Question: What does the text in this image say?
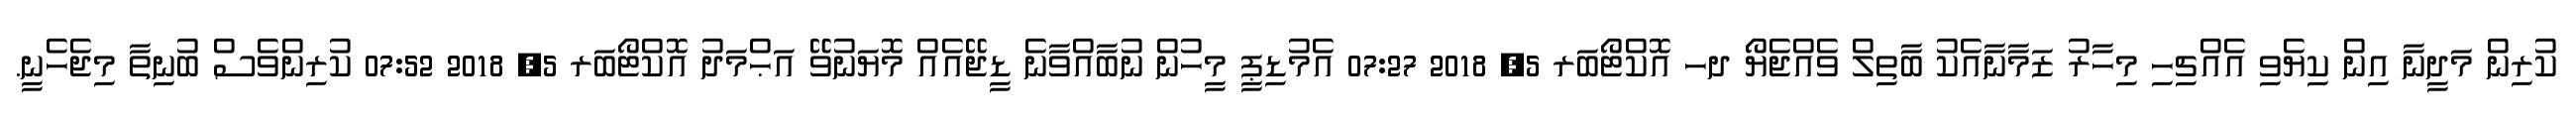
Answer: ކުރިން މަދީނާ އިން ކިޔެވި އެއްޗިހި މިހާރު ޒަމާނާއެކު ބާތިލް ވެއްޖެޔޯ ދހ އޮކްޓޯބަރ 5, 2018 07:27 އެމުޑިޕީ މީހުން ނުބާއްވާނެ ޑީޖޭއެއް މޮޔަނުވޭ އަޙްމަދު އޮކްޓޯބަރ 5, 2018 07:52 ކުރިންވެސް ބުނިތާ މިޖެހެނީ.